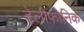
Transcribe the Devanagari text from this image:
टेलीफोनिक